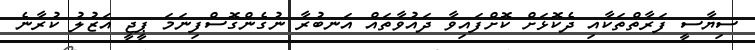
ސިޔާސީ ފަރާތްތަކާއި ދެކޮޅަށް ކޮށްފައިވާ ދައުވާތައް އަނބުރާ ނުގެންގޮސްފިނަމަ ޕީޖީ އަޒުލު ކުރާނެ